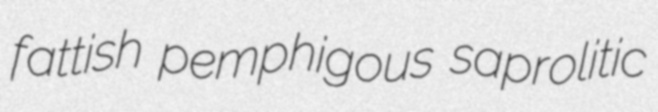
fattish pemphigous saprolitic